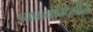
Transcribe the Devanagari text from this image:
व्याख्यानेदेखील